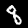
Label: 8